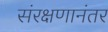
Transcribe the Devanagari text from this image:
संरक्षणानंतर